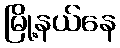
မြို့နယ်နေ